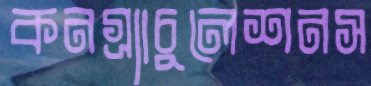
কনগ্র্যাচুলেশনস